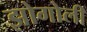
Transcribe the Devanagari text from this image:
झोगोली